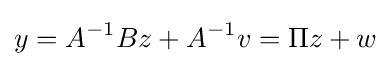
y=A^{-1}Bz+A^{-1}v=\Pi z+w